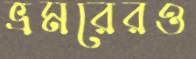
ভ্রমরেরও